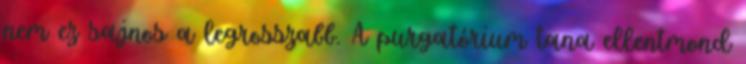
nem ez sajnos a legrosszabb. A purgatórium tana ellentmond